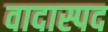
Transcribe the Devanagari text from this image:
वादास्पद